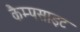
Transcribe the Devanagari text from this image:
कैम्पसाइट